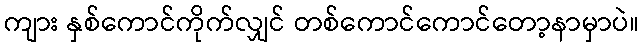
ကျား နှစ်ကောင်ကိုက်လျှင် တစ်ကောင်ကောင်တော့နာမှာပဲ။